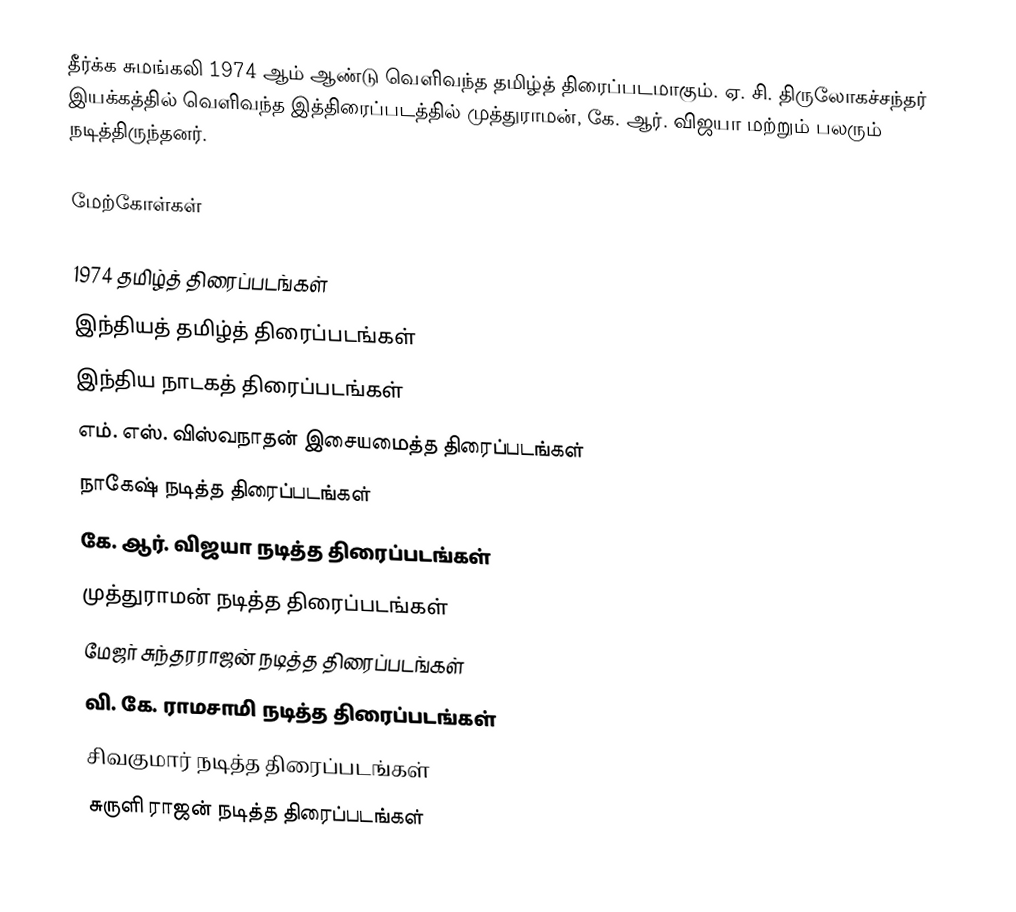
தீர்க்க சுமங்கலி 1974 ஆம் ஆண்டு வெளிவந்த தமிழ்த் திரைப்படமாகும். ஏ. சி. திருலோகச்சந்தர் இயக்கத்தில் வெளிவந்த இத்திரைப்படத்தில் முத்துராமன், கே. ஆர். விஜயா மற்றும் பலரும் நடித்திருந்தனர்.

மேற்கோள்கள்

1974 தமிழ்த் திரைப்படங்கள்
இந்தியத் தமிழ்த் திரைப்படங்கள்
இந்திய நாடகத் திரைப்படங்கள்
எம். எஸ். விஸ்வநாதன் இசையமைத்த திரைப்படங்கள்
நாகேஷ் நடித்த திரைப்படங்கள்
கே. ஆர். விஜயா நடித்த திரைப்படங்கள்
முத்துராமன் நடித்த திரைப்படங்கள்
மேஜர் சுந்தரராஜன் நடித்த திரைப்படங்கள்
வி. கே. ராமசாமி நடித்த திரைப்படங்கள்
சிவகுமார் நடித்த திரைப்படங்கள்
சுருளி ராஜன் நடித்த திரைப்படங்கள்